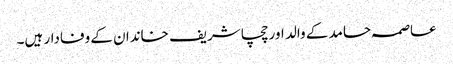
عاصمہ حامد کے والد اور چچا شریف خاندان کے وفادار ہیں۔